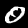
Label: 0